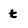
Character: t